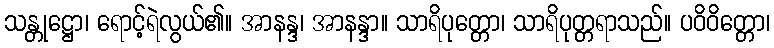
သန္တုဋ္ဌော၊ ရောင့်ရဲလွယ်၏။ အာနန္ဒ၊ အာနန္ဒာ။ သာရိပုတ္တော၊ သာရိပုတ္တရာသည်။ ပဝိဝိတ္တော၊